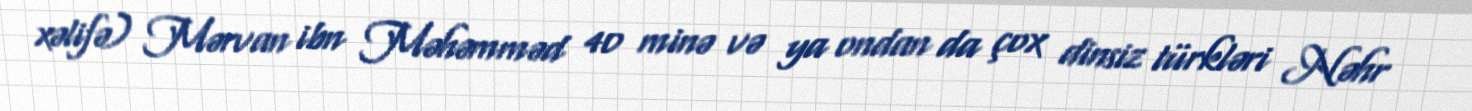
xəlifə) Mərvan ibn Məhəmməd 40 minə və ya ondan da çox dinsiz türkləri Nəhr